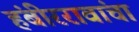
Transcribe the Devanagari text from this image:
हंबीररावांचा